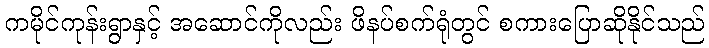
ကမိုင်ကုန်းရွာနှင့် အဆောင်ကိုလည်း ဖိနပ်စက်ရုံတွင် စကားပြောဆိုနိုင်သည်